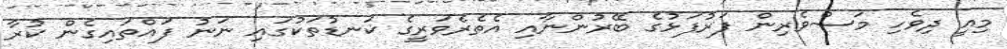
މިއީ ދިވެހި މަސްވެރިން ފަރުފަޅުގެ ބޭރުންނާއި އެތެރެވަރީގެ ކަނޑުތަކުގައި ނަނު ފައްތައިގެން ކުރާ